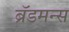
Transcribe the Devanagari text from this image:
ब्रॅडमन्स